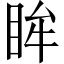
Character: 眸